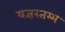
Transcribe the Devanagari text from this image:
यज्ञस्तम्भ